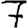
Digit: 7